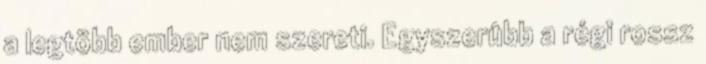
a legtöbb ember nem szereti. Egyszerûbb a régi rossz